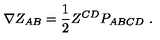
\nabla Z _ { A B } = { \frac { 1 } { 2 } } Z ^ { C D } P _ { A B C D } \ .